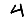
Digit: 4